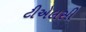
ટીએલસી